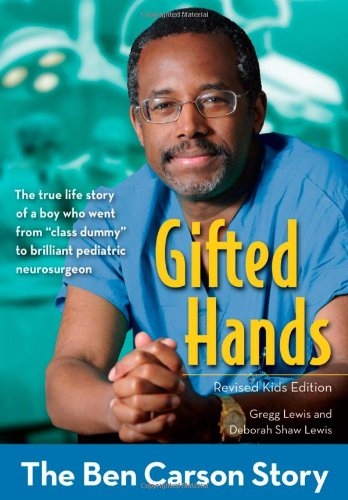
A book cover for Gifted Hands, Revised Kids Edition: The Ben Carson Story (ZonderKidz Biography); Gregg Lewis; Education & Teaching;